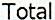
TOTAL